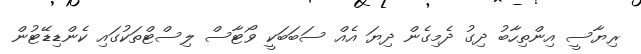
ރިޔާސީ އިންތިހާބު ދިގު ދެމިގެން ދިޔަ އެއް ސަބަބަކީ ވޯޓާސް ލިސްޓްތަކުގައި ކެންޑިޑޭޓުން